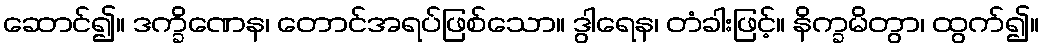
ဆောင်၍။ ဒက္ခိဏေန၊ တောင်အရပ်ဖြစ်သော။ ဒွါရေန၊ တံခါးဖြင့်။ နိက္ခမိတွာ၊ ထွက်၍။